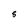
Character: S